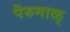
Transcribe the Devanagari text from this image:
पॆरुमाळ्